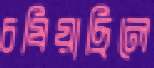
চষিয়াছিলে